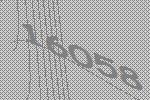
16058